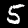
Digit: 5